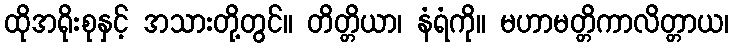
ထိုအရိုးစုနှင့် အသားတို့တွင်။ တိတ္တိယာ၊ နံရံကို။ မဟာမတ္တိကာလိတ္တာယ၊